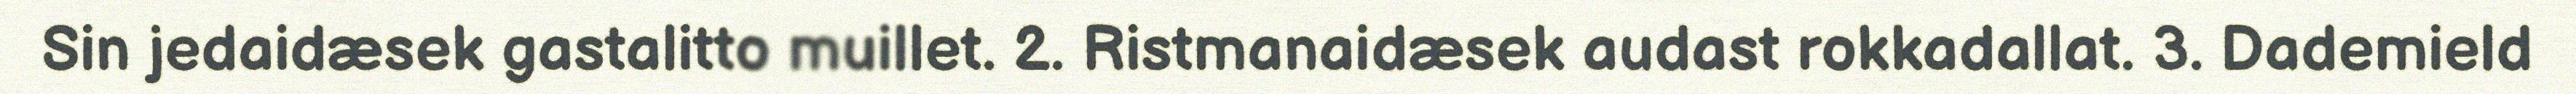
Sin jedaidæsek gastalitto muillet. 2. Ristmanaidæsek audast rokkadallat. 3. Dademield